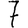
Digit: 7